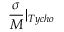
\frac { \sigma } { M } | _ { T y c h o }